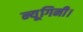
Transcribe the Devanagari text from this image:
न्यूगिनी।